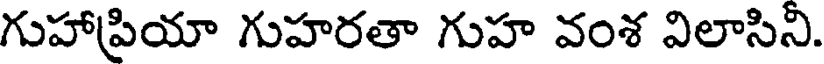
గుహాప్రియా గుహరతా గుహ వంశ విలాసిని.